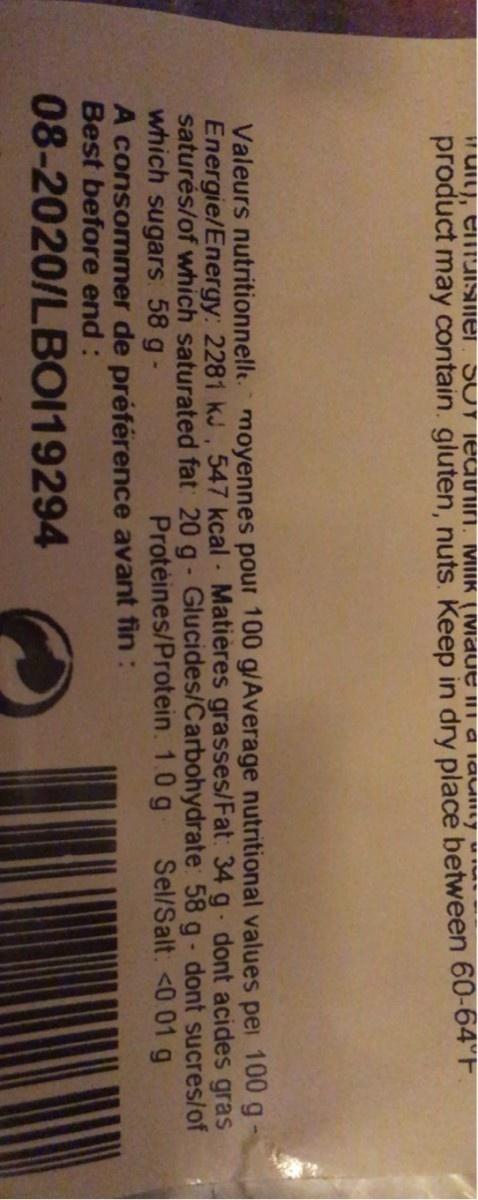
if uit), elTISier, SUT TEGUIN, MIK (IMaue i i a iauilty
product may contain. gluten, nuts. Keep in dry place between 60-64°F.
Valeurs nutritionnellt. moyennes pour 100 g/Average nutritional values pei 100 g Energie/Energy: 2281 kJ, 547 kcal Matières grasses/Fat: 34 g dont acides gras saturés/of which saturated fat 20 g- Glucides/Carbohydrate: 58 g- dont sucres/of which sugars 58 g- A consommer de préférence avant fin: Best before end:
Protéines/Protein. 1.0 g Sel/Salt. <0 01 g
08-2020/LB0119294